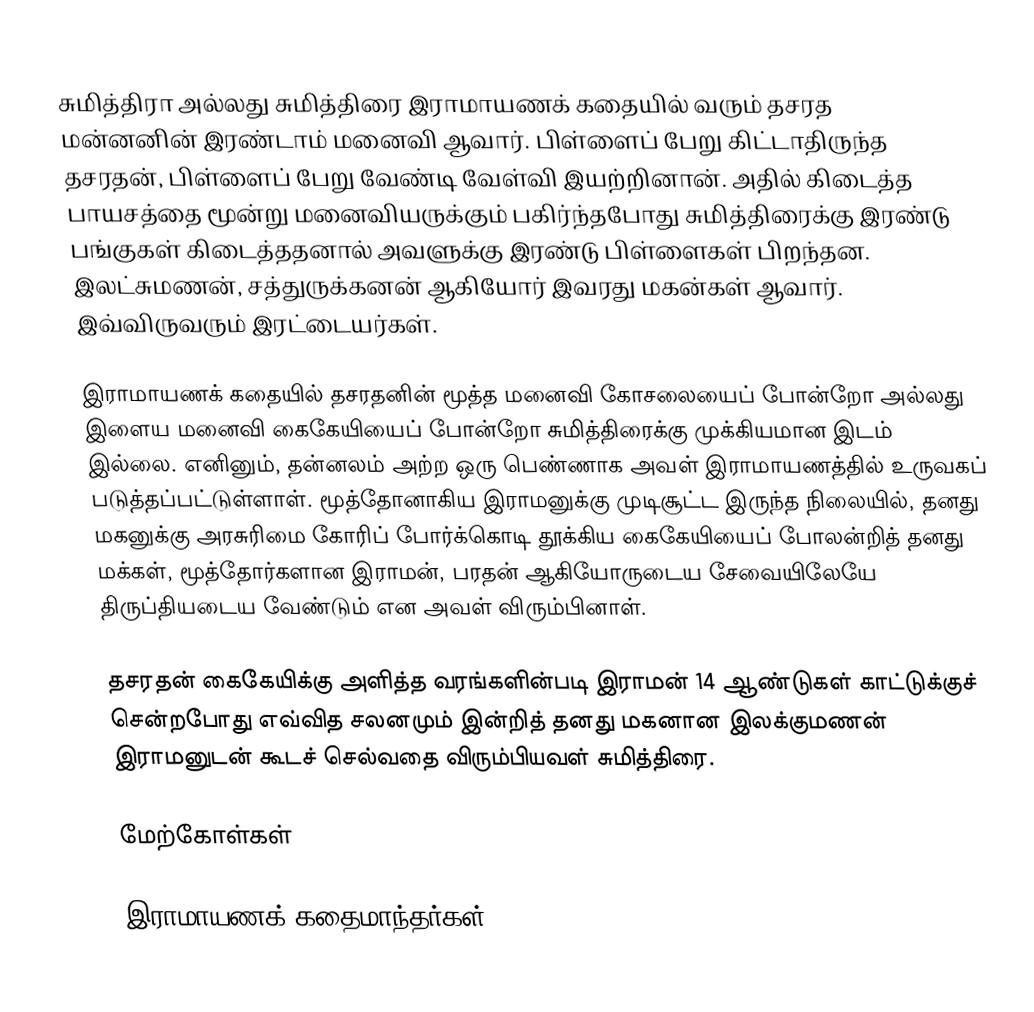
சுமித்திரா அல்லது சுமித்திரை இராமாயணக் கதையில் வரும் தசரத மன்னனின் இரண்டாம்  மனைவி ஆவார். பிள்ளைப் பேறு கிட்டாதிருந்த தசரதன், பிள்ளைப் பேறு வேண்டி வேள்வி இயற்றினான். அதில் கிடைத்த பாயசத்தை மூன்று மனைவியருக்கும் பகிர்ந்தபோது சுமித்திரைக்கு இரண்டு பங்குகள் கிடைத்ததனால் அவளுக்கு இரண்டு பிள்ளைகள் பிறந்தன.  இலட்சுமணன், சத்துருக்கனன் ஆகியோர் இவரது மகன்கள் ஆவார். இவ்விருவரும் இரட்டையர்கள்.

இராமாயணக் கதையில் தசரதனின் மூத்த மனைவி கோசலையைப் போன்றோ அல்லது இளைய மனைவி கைகேயியைப் போன்றோ சுமித்திரைக்கு முக்கியமான இடம் இல்லை. எனினும், தன்னலம் அற்ற ஒரு பெண்ணாக அவள் இராமாயணத்தில் உருவகப் படுத்தப்பட்டுள்ளாள். மூத்தோனாகிய இராமனுக்கு முடிசூட்ட இருந்த நிலையில், தனது மகனுக்கு அரசுரிமை கோரிப் போர்க்கொடி தூக்கிய கைகேயியைப் போலன்றித் தனது மக்கள், மூத்தோர்களான இராமன், பரதன் ஆகியோருடைய சேவையிலேயே திருப்தியடைய வேண்டும் என அவள் விரும்பினாள்.

தசரதன் கைகேயிக்கு அளித்த வரங்களின்படி இராமன் 14 ஆண்டுகள் காட்டுக்குச் சென்றபோது எவ்வித சலனமும் இன்றித் தனது மகனான இலக்குமணன் இராமனுடன் கூடச் செல்வதை விரும்பியவள் சுமித்திரை.

மேற்கோள்கள்

இராமாயணக் கதைமாந்தர்கள்